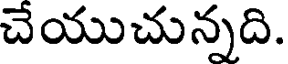
చేయుచున్నది.